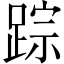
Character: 踪